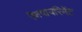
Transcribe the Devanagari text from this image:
एक्षपायरिमेंट